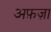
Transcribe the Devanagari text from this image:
अफ़ज़ा